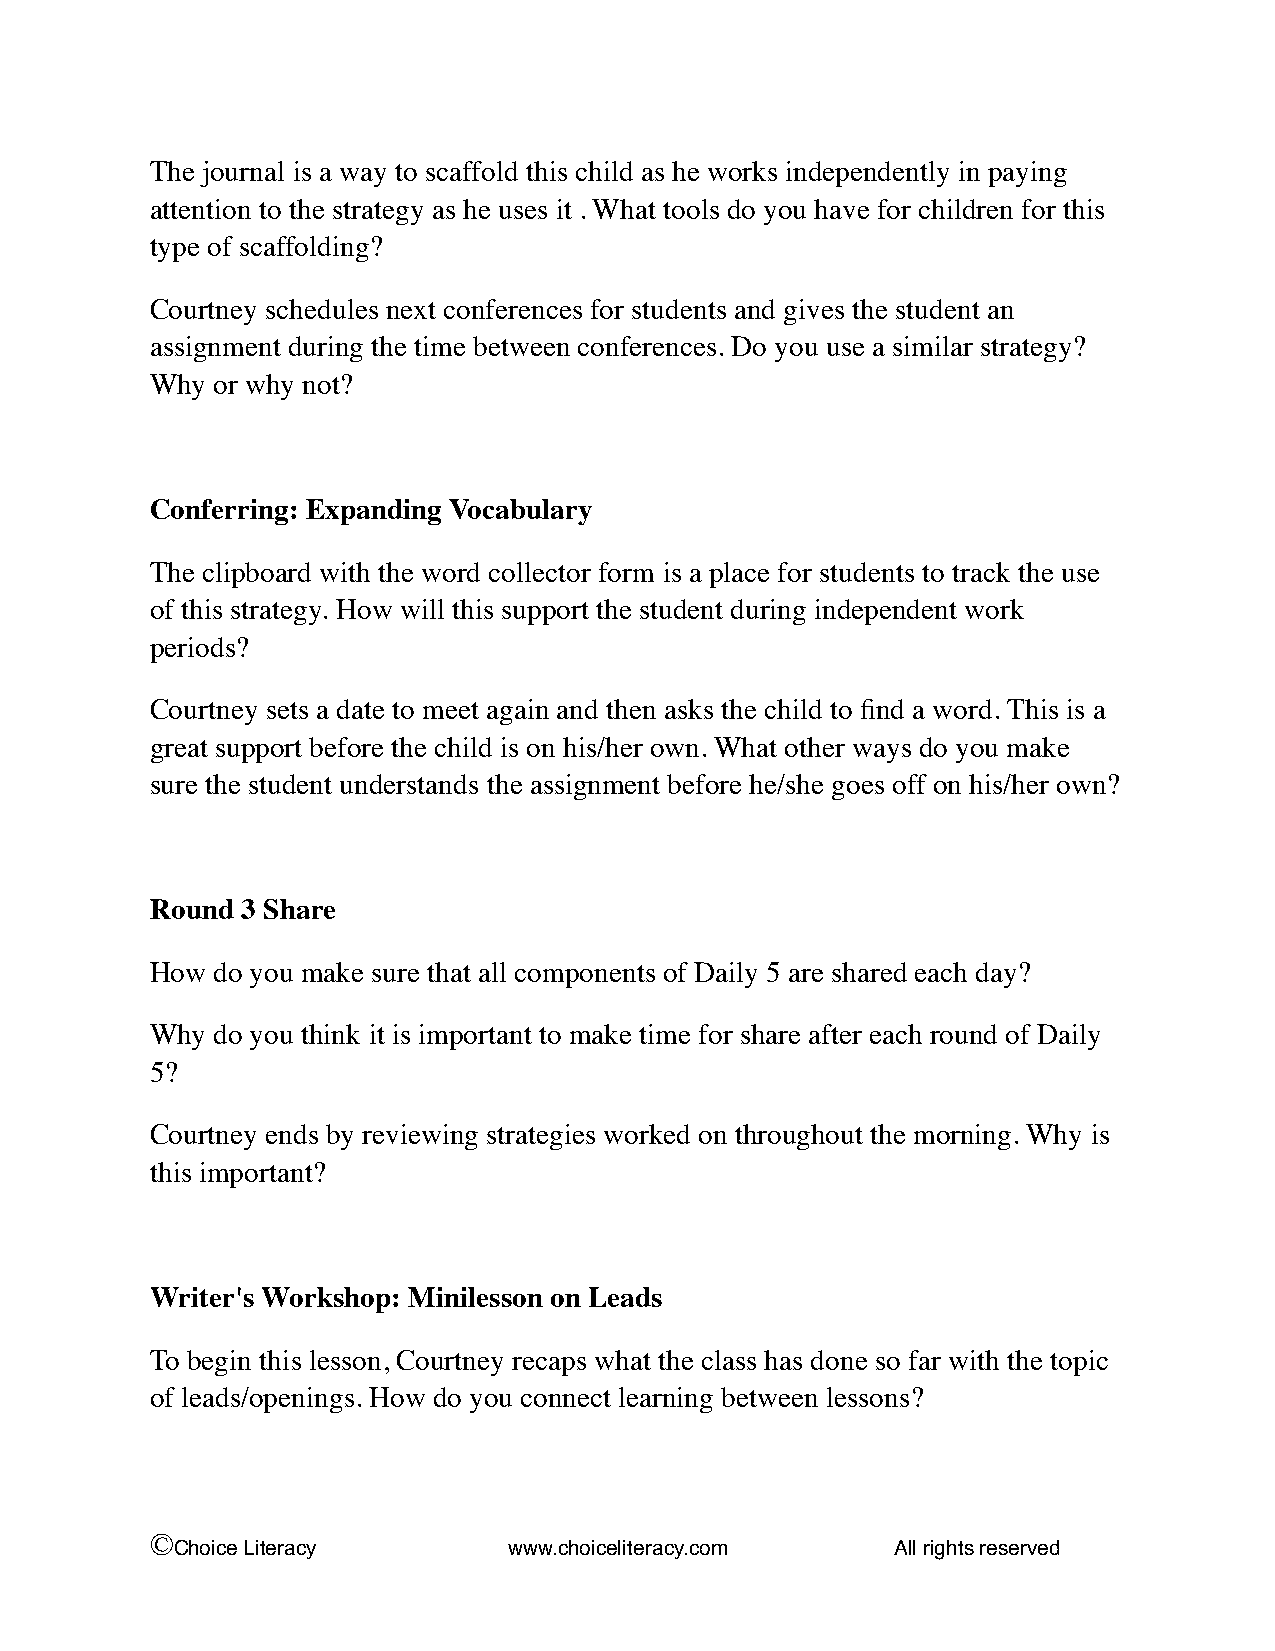
The journal is a way to scaffold this child as he works independently in paying
 attention to the strategy as he uses it . What tools do you have for children for this
 type of scaffolding?
 Courtney schedules next conferences for students and gives the student an
 assignment during the time between conferences. Do you use a similar strategy?
 Why or why not?
 Conferring: Expanding Vocabulary
 The clipboard with the word collector form is a place for students to track the use
 of this strategy. How will this support the student during independent work
 periods?
 Courtney sets a date to meet again and then asks the child to find a word. This is a
 great support before the child is on his/her own. What other ways do you make
 sure the student understands the assignment before he/she goes off on his/her own?
 Round 3 Share
 How do you make sure that all components of Daily 5 are shared each day?
 Why do you think it is important to make time for share after each round of Daily
 5?
 Courtney ends by reviewing strategies worked on throughout the morning. Why is
 this important?
 Writer's Workshop: Minilesson on Leads
 To begin this lesson, Courtney recaps what the class has done so far with the topic
 of leads/openings. How do you connect learning between lessons?
 ©
 Choice Literacy       www.choiceliteracy.com   All rights reserved